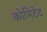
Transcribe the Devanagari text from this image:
कोमिटेट